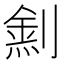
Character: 𠟛